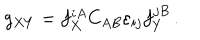
g _ { X Y } = f _ { X } ^ { i A } C _ { A B } \varepsilon _ { i j } f _ { Y } ^ { j B } \, .